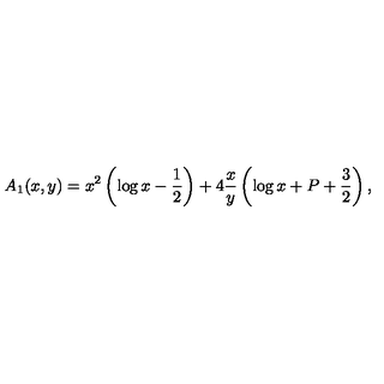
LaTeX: A _ { 1 } ( x , y ) = x ^ { 2 } \left( \log x - \frac 1 2 \right) + 4 \frac x y \left( \log x + P + \frac 3 2 \right) ,